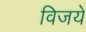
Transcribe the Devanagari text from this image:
विजये